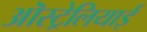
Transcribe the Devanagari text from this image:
ऒस्ट्रेलियाई